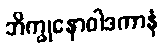
ဘိက္ခုနောဝါဒကာနံ